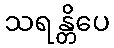
သရန္တိပေ